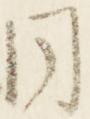
同